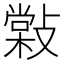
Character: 𢿧